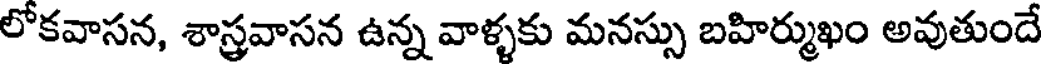
లోకవాసన, శాస్త్రవాసన ఉన్న వాళ్ళకు మనస్సు బహిర్ముఖం అవుతుందే